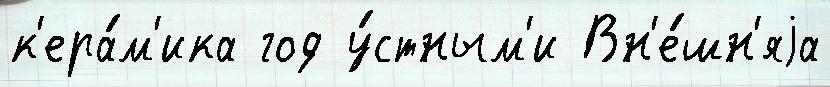
к'ера́м'ика год у́стным'и Вн'е́шн'яjа